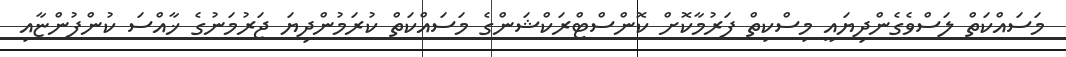
މަސައްކަތް ލަސްވެގެންދިޔައީ މިސްކިތް ފަރުމާކޮށް ކޮންސްޓްރަކްޝަންގެ މަސައްކަތް ކުރަމުންދިޔަ ޖަރުމަނުގެ ޚާއްސަ ކުންފުންޏާއި